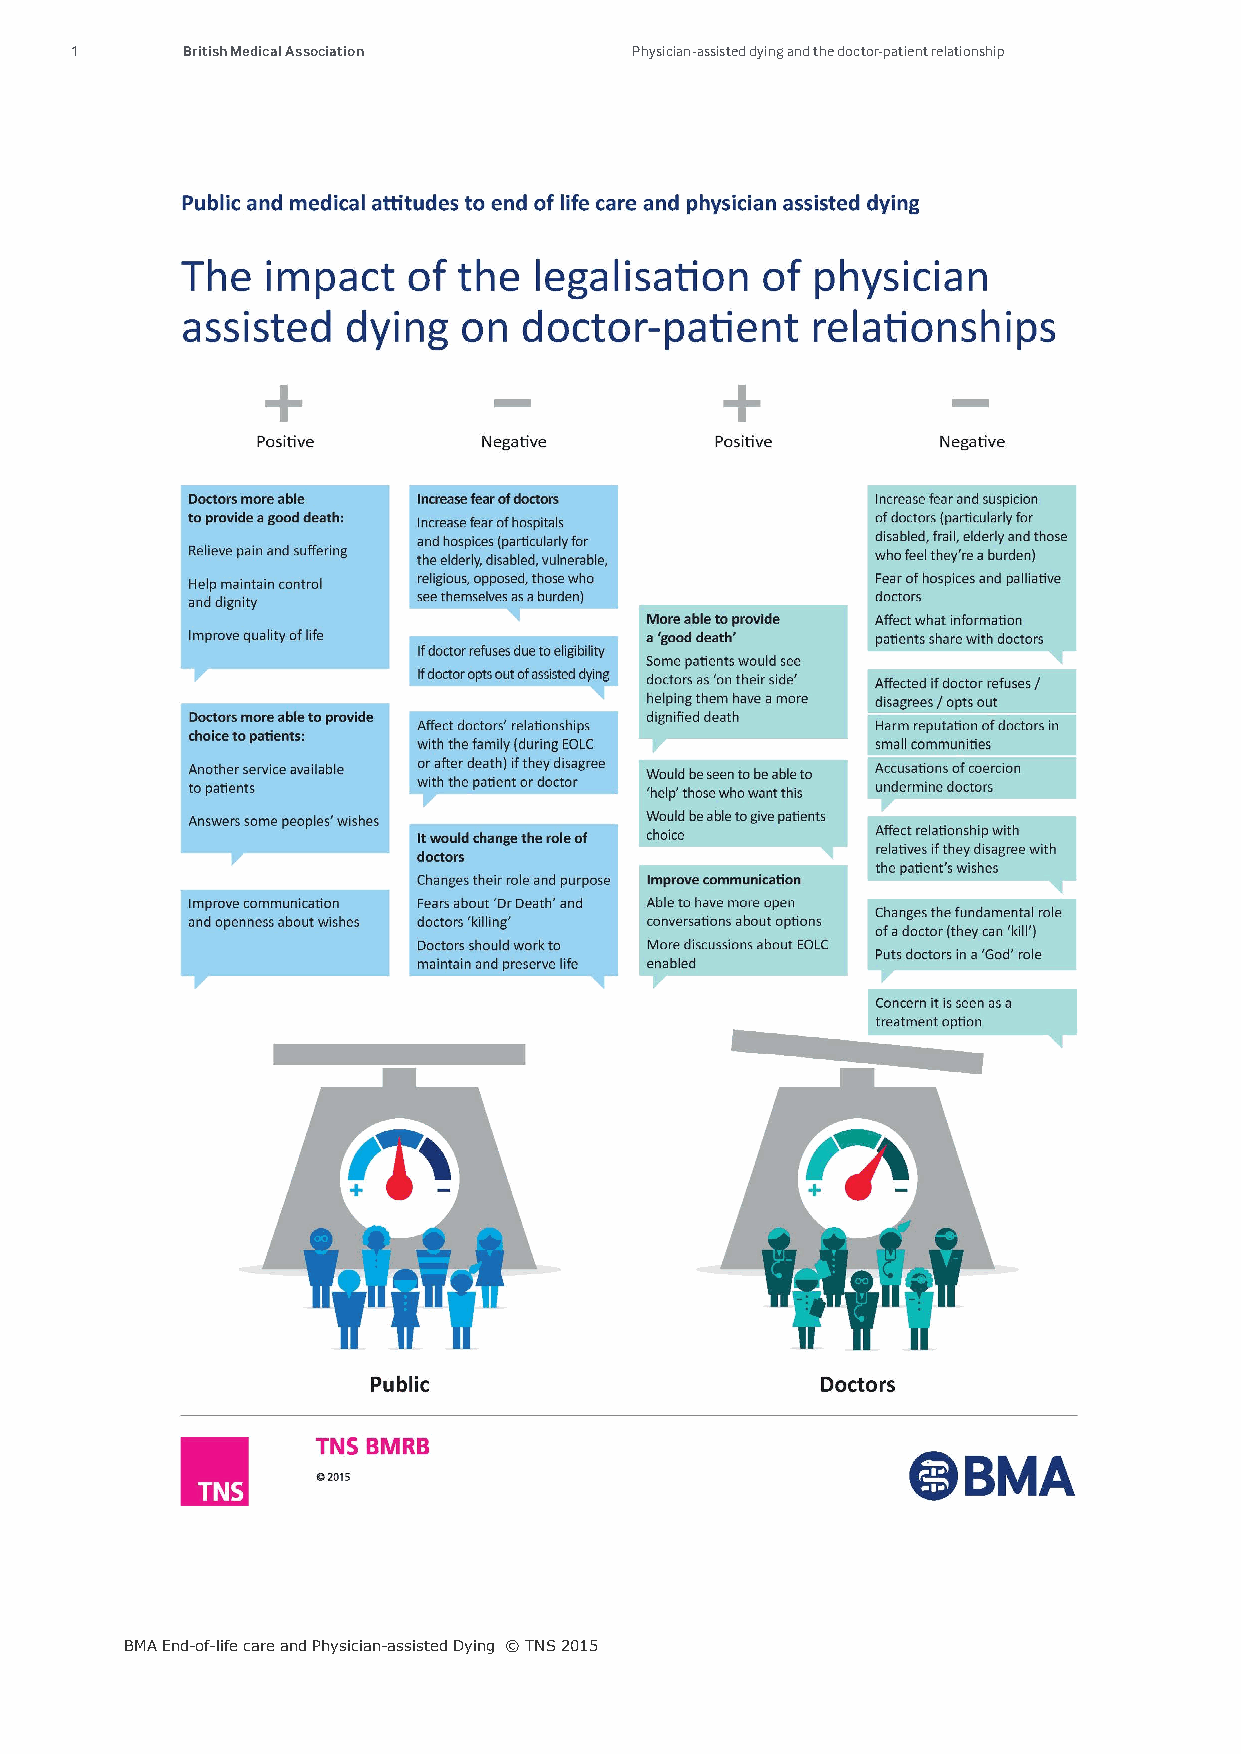
1      British Medical Association   Physician-assisted dying and the doctor-patient relationship
 BMA End-of-life care and Physician-assisted Dying © TNS 2015